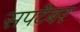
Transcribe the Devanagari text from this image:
सपटेंबर